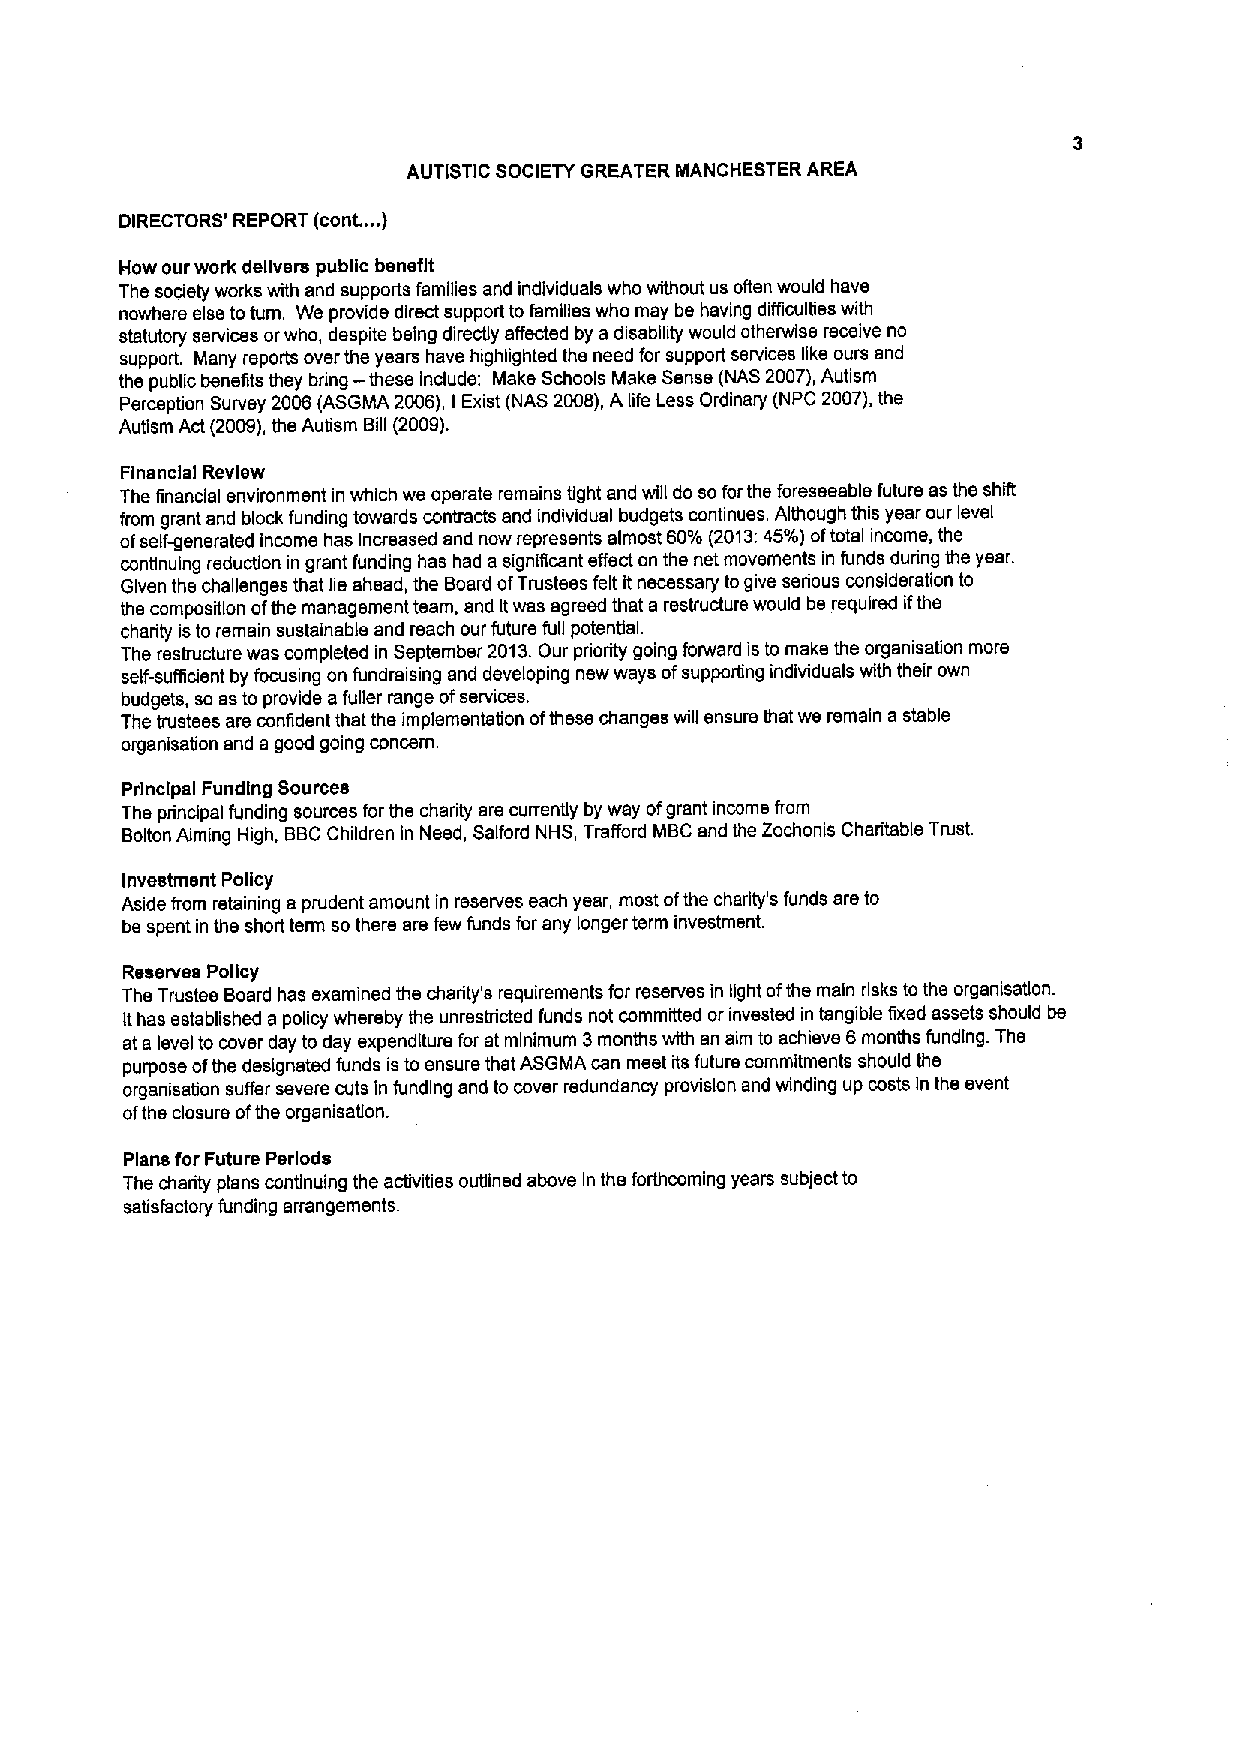
AUTISTIC SOCIETY GREATER MANCHESTER AREA
 DIRECTORS' REPORT (cont.... )
 How our work delivers public benefit
 The society works with and supports families and individuals who without us ofien would have
 nowhere else toturn. We provide direct support to famfiles who may be having difficulfies with
 statutory services orwho, despite being directly effected by adisability would otherwise receive no
 support. Many reports over the years have highlighted the need for support services like ours and
 the public benefits they bring —these include: Make Schools Make Sense (NAS 2007),Autism
 Perception Survey 2005(ASGMA 2006), I Exist (NAS 2008),A life Less Ordinary (NPC 2007),the
 Autism Act (2009),the Autism Bill (2009),
 Financial Review
 The financial environment in which we operate remains tight and wfil do so forthe foreseeable future esthe shift
 from grant and block funding towards contracts and individual budgets continues. Although this year our level
 ofself~accreted income has Increased and now represents almost 60'%%d (2013:45%%d) oftotal income, the
 continuing reduction in grant funding has had asignificant effect on the net movements in funds during the year.
 Given the challenges that fie ahead, the Board ofTrustees felt it necessary togive serious consideration to
 the composition ofthe management team, snd Itwas agreed that a restructure would be required ifthe
 charity isto remain sustainable and reach our future full potential.
 The restructure was completed in September 2013.Our priority going forward is to make the organisation more
 self-sufficient by focusing on fundraising snd developing new ways ofsupporting individuals with their own
 budgets, so as to provide afuller range ofservices.
 The trustees are confident that the implementation ofthese changes will ensure that we remain s stable
 organisation and a good going concern.
 Principal Funding Sources
 The pnnctpal funding sources for the charity are currently by wey ofgrant income from
 Bolton Aiming High, BBCChildren in Need, Salford NHS, Trafford MBC end the Zochonis Charitable Trust.
 Investment Policy
 Aside from retaining a prudent amount in reserves each year, most ofthe charity's funds are to
 be spent in the short term so there ars few funds for any longer term investmsnt.
 Reserves Policy
 The Trustee Board has examined the charity's requirements for reserves in light ofthe main risks to the orgenisatlon.
 Ithas established a policy whereby the unrestricted funds not committed orinvested in tangible fixed assets should be
 ata level to cover day to day expenditure for at minimum 3months with an aim to achieve 6months funding. The
 purpose ofthe designated funds is to ensure that ASGMA can meet its future commitments should the
 organisation suffer severe cuts in funding and to cover redundancy provision and winding up costs In the event
 ofthe closure ofthe organisation.
 Plans for Future Periods
 The charity plena continuing the activities outlined above In the forthcoming years subject to
 satisfactory funding arrangements.